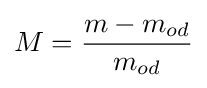
M={\frac {m-m_{od}}{m_{od}}}